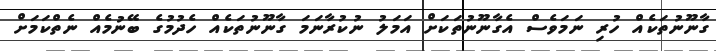
ގާނޫނުތަކެއް ހުރި ނަމަވެސް އެގާނޫނުތަކަށް އަމަލު ނުކުރާނަމަ ގާނޫނުތަކެއް ހެދުމުގެ ބޭނުމެއް ނެތްކަމަށް